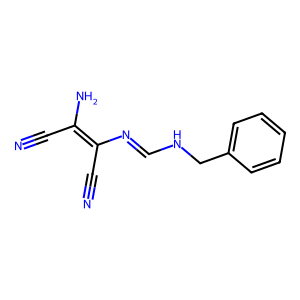
SMILES: N#CC(N)=C(C#N)N=CNCc1ccccc1
Inhibits HIV replication: No